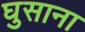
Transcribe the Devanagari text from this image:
घुसाना